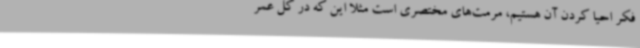
فکر احیا کردن آن هستیم، مرمت‌های مختصری است مثلا این که در کل عمر